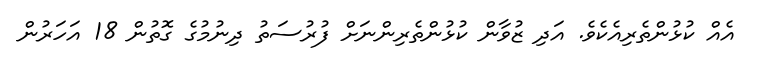
އެއް ކުޅުންތެރިއެކެވެ. އަދި ޒުވާން ކުޅުންތެރިންނަށް ފުރުސަތު ދިނުމުގެ ގޮތުން 18 އަހަރުން